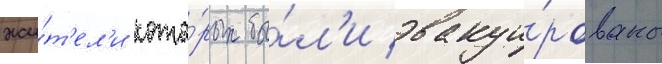
жи́т'ел'и кото́рых бы́л'и эвакуи́рованы